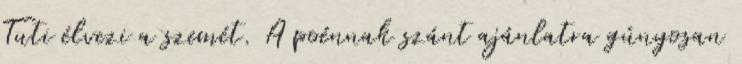
Tuti élvezi a szemét. A poénnak szánt ajánlatra gúnyosan